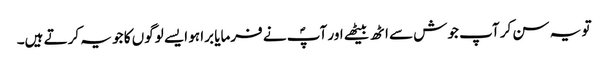
تو یہ سن کر آپ جوش سے اٹھ بیٹھے اور آپؐ نے فرمایا برا ہو ایسے لوگوں کا جو یہ کرتے ہیں۔